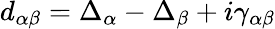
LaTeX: d_{\alpha\beta}=\Delta_{\alpha}-\Delta_{\beta}+i\gamma_{\alpha\beta}